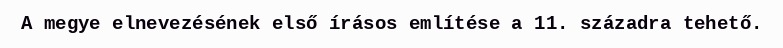
A megye elnevezésének első írásos említése a 11. századra tehető.